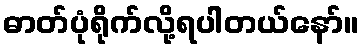
ဓာတ်ပုံရိုက်လို့ရပါတယ်နော်။